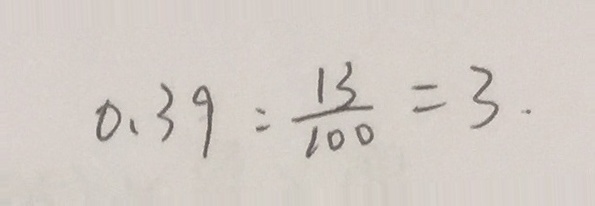
0 . 3 9 : \frac { 1 3 } { 1 0 0 } = 3 .